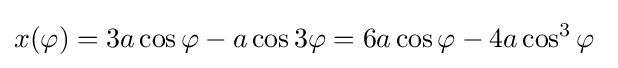
x(\varphi )=3a\cos \varphi -a\cos 3\varphi =6a\cos \varphi -4a\cos ^{3}\varphi \